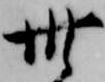
卅